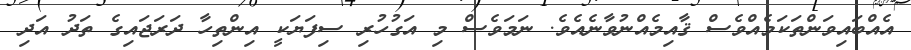
އެއްބައިވަންތަކަމެއްވެސް ޤާއިމެއްނުވާނެއެވެ. ނަމަވެސް މި އަގުހުރި ސިފަޔަކީ އިންތިހާ ދަރަޖައިގެ ތަދު އަދި